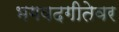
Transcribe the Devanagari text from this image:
भगवदगीतेवर